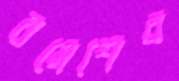
রমেশের